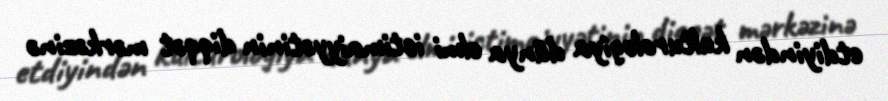
etdiyindən kulturologiya dünya elmi ictimaiyyətinin diqqət mərkəzinə